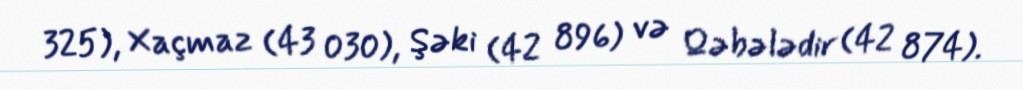
325), Xaçmaz (43 030), Şəki (42 896) və Qəbələdir (42 874).